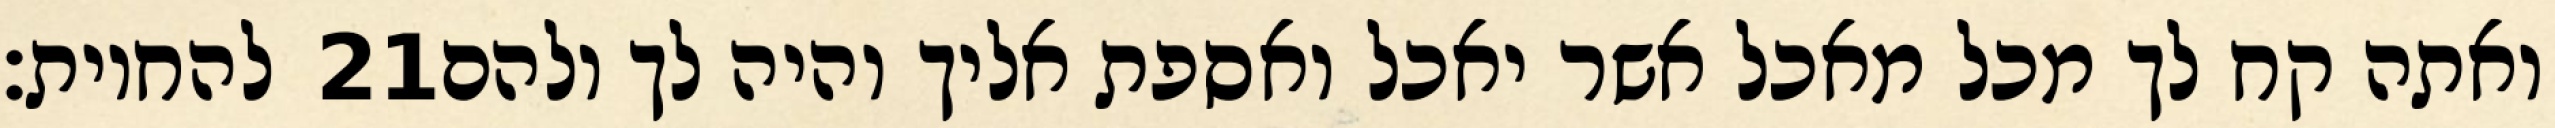
להחיות׃ ‎21‏ ואתה קח לך מכל מאכל אשר יאכל ואספת אליך והיה לך ולהם